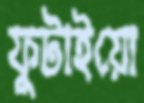
ফুটাইয়ো